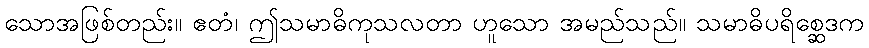
သောအဖြစ်တည်း။ ဧတံ၊ ဤသမာဓိကုသလတာ ဟူသော အမည်သည်။ သမာဓိပရိစ္ဆေဒက